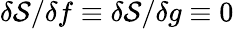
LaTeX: \delta\mathcal{S}/\delta f\equiv\delta\mathcal{S}/\delta g\equiv 0